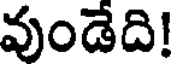
వుండేది!